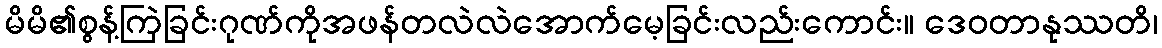
မိမိ၏စွန့်ကြဲခြင်းဂုဏ်ကိုအဖန်တလဲလဲအောက်မေ့ခြင်းလည်းကောင်း။ ဒေဝတာနုဿတိ၊